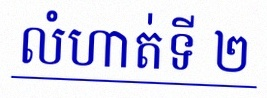
លំហាត់ទី ២